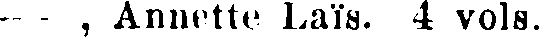
—— , Annette Laïs. 4 vols.